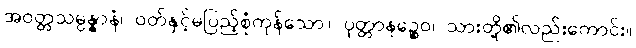
အဝတ္တသမ္ပန္နာနံ၊ ဝတ်နှင့်မပြည့်စုံကုန်သော။ ပုတ္တာနဉ္စေဝ၊ သားတို့၏လည်းကောင်း။